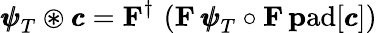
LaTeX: {\pmb{\psi}}_{T}\circledast{\pmb{c}}={\mathbf F}^{\dagger}\, \left({\mathbf F}\, {\pmb{\psi}}_{T}\circ{\mathbf F}\, \mathrm{\mathbf pad}[{\pmb{c}}]\right)